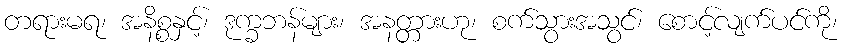
တရားမရ၊ အနိစ္စနှင့်၊ ဒုက္ခဘန်များ၊ အနတ္တားဟု၊ စက်သွားအသွင်၊ စောင့်လျက်ပင်ကို၊